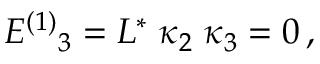
E ^ { ( 1 ) } { } _ { 3 } = L ^ { * } \; \kappa _ { 2 } \; \kappa _ { 3 } = 0 \, ,